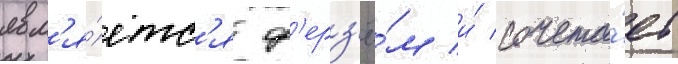
явл'я́етс'я ф'ерз'ё́м и́ сочета́ет